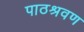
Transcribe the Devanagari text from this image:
पाठश्रवण